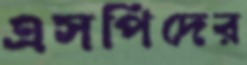
এসপিদের